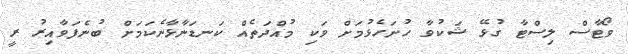
ވޯޓާސް ލިސްޓާ ގުޅޭ ޝަކުވާ ހުށަހެޅުމަށް ވަކި މުއްދަތެއް ކަނޑަނާޅާނެކަމަށް ބުނެފަވާއިރު ރީ